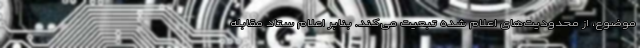
موضوع، از محدودیت‌های اعلام شده تبعیت می‌کند. بنابر اعلام ستاد مقابله